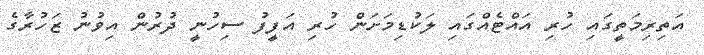
އަތިރިމަތީގައި ހުރި އައްޓެއްގައި ލަކުޑިމަށަން ހުރި އަފީފު ސިހުނީ ދުރުން އިވުނު ޒަހުރާގެ